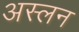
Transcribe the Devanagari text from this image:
अस्लन